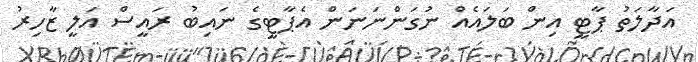
އަދާލަތު ޕާޓީ އިން ބަލައެއް ނުގަންނަނަން އެޕާޓީގެ ނައިބު ރައީސް އަލީ ޒާހިރު